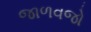
જાળવજો